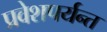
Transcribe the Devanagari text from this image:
प्रवेशपर्यन्त